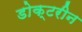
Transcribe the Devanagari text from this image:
डोक्टरीन